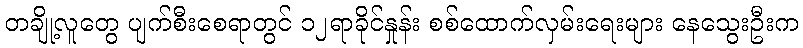
တချို့လူတွေ ပျက်စီးစေရာတွင် ၁၂ရာခိုင်နှုန်း စစ်ထောက်လှမ်းရေးများ နေသွေးဦးက